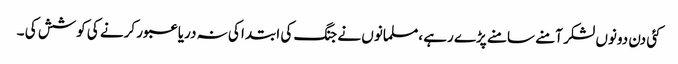
کئی دن دونوں لشکر آمنے سامنے پڑے رہے ،مسلمانوں نے جنگ کی ابتدا کی نہ دریا عبور کرنے کی کوشش کی ۔